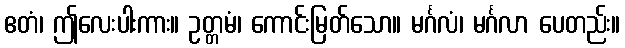
ဧတံ၊ ဤလေးပါးကား။ ဥတ္တမံ၊ ကောင်းမြတ်သော။ မင်္ဂလံ၊ မင်္ဂလာ ပေတည်း။